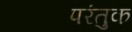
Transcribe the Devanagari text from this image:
परंतुक